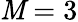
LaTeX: \mathit{M}=3